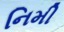
નિમી